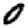
Digit: 0